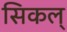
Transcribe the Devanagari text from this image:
सिकल्